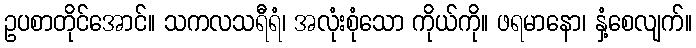
ဥပစာတိုင်အောင်။ သကလသရီရံ၊ အလုံးစုံသော ကိုယ်ကို။ ဖရမာနော၊ နှံ့စေလျက်။